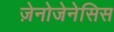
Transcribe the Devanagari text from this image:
ज़ेनोजेनेसिस